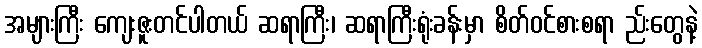
အများကြီး ကျေးဇူးတင်ပါတယ် ဆရာကြီး၊ ဆရာကြီးရုံးခန်းမှာ စိတ်ဝင်စားစရာ ည်းတွေနဲ့